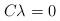
LaTeX: \begin{align*}C\lambda=0\end{align*}